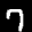
Label: 7